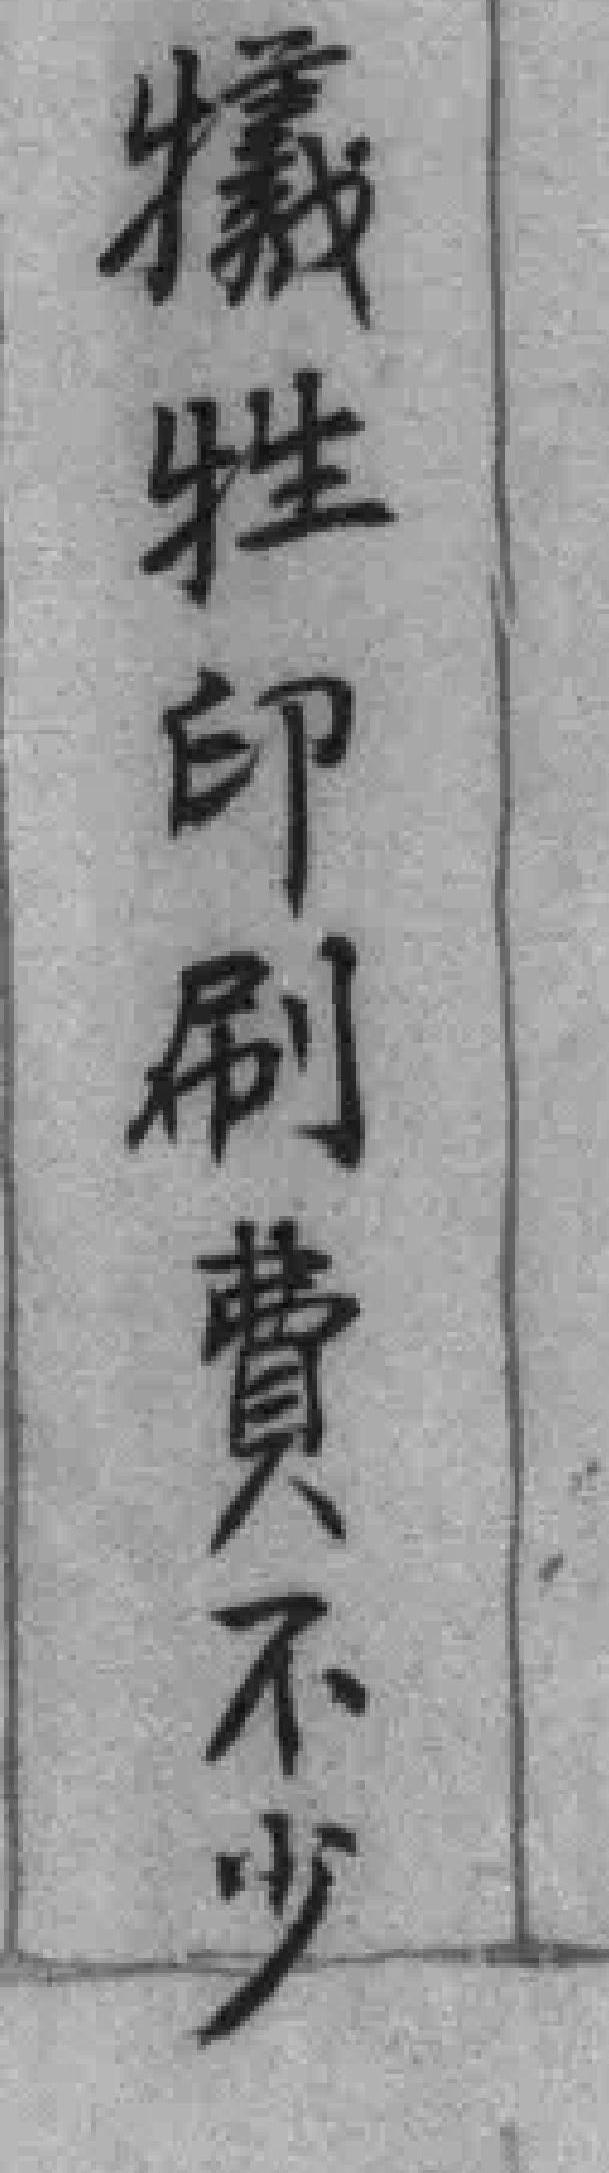
犧牲印刷費不少